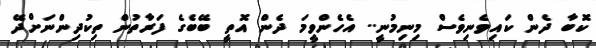
ކޮބާ ދެން ކައިވެނިވެސް މިނިމުނީ.. އެހެންވީމަ ދެން އޮތީ ބޭބެގެ ފަރާތުން ތިކުދިންނަށްދޭ